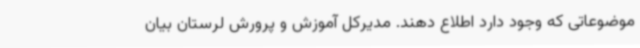
موضوعاتی که وجود دارد اطلاع دهند. مدیرکل آموزش و پرورش لرستان بیان